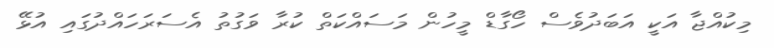
މިކުއްޖާ އަކީ އަަބަދުވެސް ހޯގާޑް މީހުން މަސައްކަތް ކުރާ ވަގުތު އެސަރަހައްދުގައި އުޅޭ